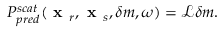
P _ { p r e d } ^ { s c a t } ( \textbf { x } _ { r } , \textbf { x } _ { s } , \delta m , \omega ) = \mathcal { L } \delta m .